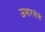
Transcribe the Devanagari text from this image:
ऊभारलेले